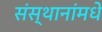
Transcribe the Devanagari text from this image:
संस्थानांमधे